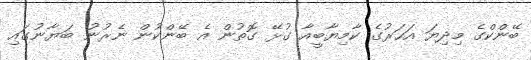
ބޭންކްގެ މިދިޔަ އަހަރުގެ ކާމިޔާބީއާ ގުޅޭ ގޮތުން އެ ބޭންކުން ނެރުނު ބަޔާނުގައި